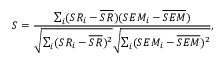
S = \frac { \sum _ { i } ( S R _ { i } - \overline { { S R } } ) ( S E M _ { i } - \overline { { S E M } } ) } { \sqrt { \sum _ { i } ( S R _ { i } - \overline { { S R } } ) ^ { 2 } } \sqrt { \sum _ { i } ( S E M _ { i } - \overline { { S E M } } ) ^ { 2 } } } ,